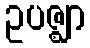
ဥပဇ္ဈာ